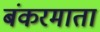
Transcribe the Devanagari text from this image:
बंकरमाता